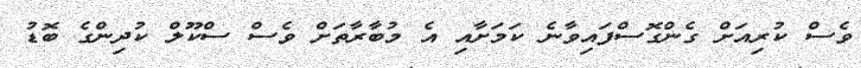
ވެސް ކުރިއަށް ގެންގޮސްފައިވާނެ ކަމަށާއި އެ މުބާރާތަށް ވެސް ސްކޫލް ކުދިންގެ ބޮޑު